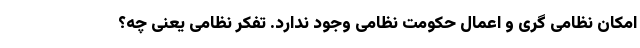
امکان نظامی گری و اعمال حکومت نظامی وجود ندارد. تفکر نظامی یعنی چه؟